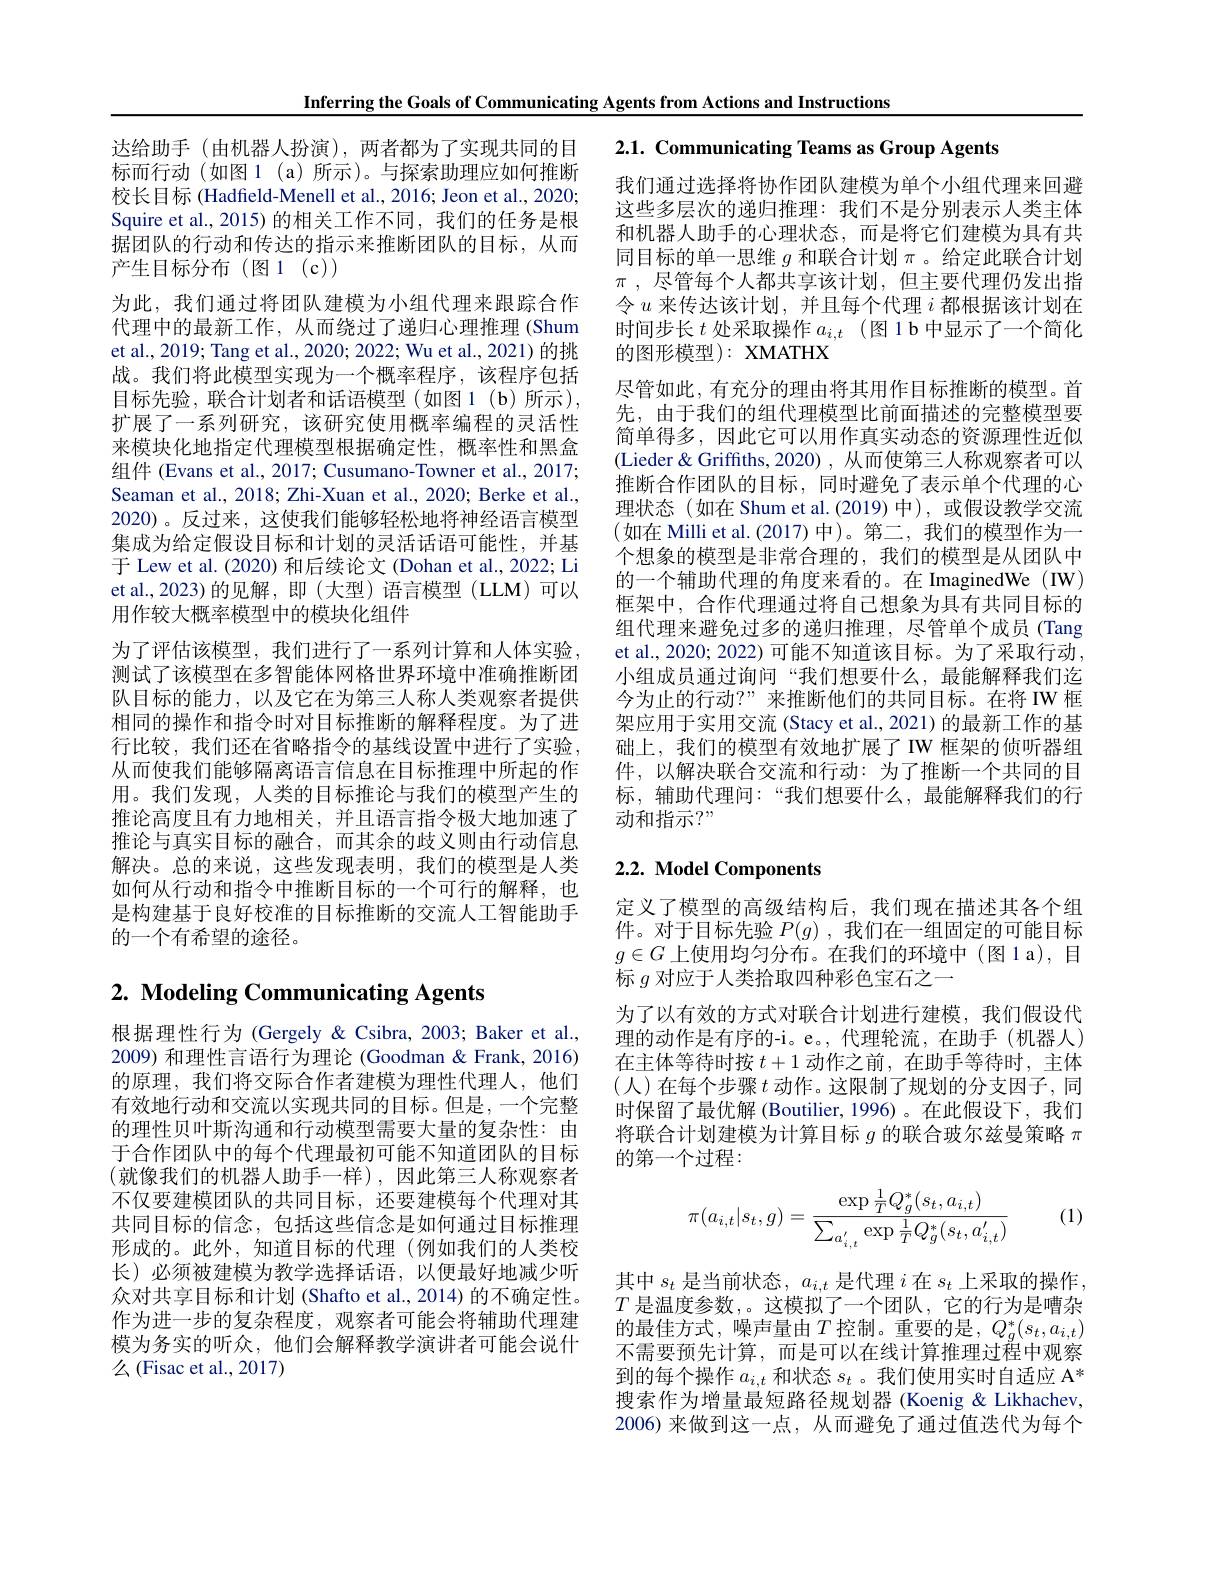
Inferring the Goals of Communicating Agents from Actions and Instructions

达给助手(由机器人扮演),两者都为了实现共同的目标而行动 (如图 1 (a)所示)。与探索助理应如何推断校长目标 (Hadfield-Menell et al., 2016; Jeon et al., 2020; Squire et al., 2015) 的相关工作不同，我们的任务是根据团队的行动和传达的指示来推断团队的目标，从而产生目标分布(图1(c))
为此，我们通过将团队建模为小组代理来跟踪合作代理中的最新工作，从而绕过了递归心理推理 (Shum et al., 2019; Tang et al., 2020; 2022; Wu et al., 2021) 的挑战。我们将此模型实现为一个概率程序，该程序包括目标先验，联合计划者和话语模型(如图1(b)所示), 扩展了一系列研究，该研究使用概率编程的灵活性来模块化地指定代理模型根据确定性，概率性和黑盒组件 (Evans et al., 2017; Cusumano-Towner et al., 2017; Seaman et al., 2018; Zhi-Xuan et al., 2020; Berke et al., 2020)。反过来，这使我们能够轻松地将神经语言模型集成为给定假设目标和计划的灵活话语可能性，并基于 Lew et al. (2020) 和后续论文 (Dohan et al., 2022; Li et al.,2023)的见解，即(大型)语言模型(LLM)可以用作较大概率模型中的模块化组件
为了评估该模型，我们进行了一系列计算和人体实验测试了该模型在多智能体网格世界环境中准确推断团队目标的能力，以及它在为第三人称人类观察者提供相同的操作和指令时对目标推断的解释程度。为了进行比较，我们还在省略指令的基线设置中进行了实验， 从而使我们能够隔离语言信息在目标推理中所起的作用。我们发现，人类的目标推论与我们的模型产生的推论高度且有力地相关，并且语言指令极大地加速了推论与真实目标的融合，而其余的歧义则由行动信息解决。总的来说，这些发现表明，我们的模型是人类如何从行动和指令中推断目标的一个可行的解释，也是构建基于良好校准的目标推断的交流人工智能助手的一个有希望的途径。

# 2. Modeling Communicating Agents

根据理性行为 (Gergely & Csibra, 2003; Baker et al., 2009) 和理性言语行为理论 (Goodman & Frank, 2016) 的原理，我们将交际合作者建模为理性代理人，他们有效地行动和交流以实现共同的目标。但是，一个完整的理性贝叶斯沟通和行动模型需要大量的复杂性：由于合作团队中的每个代理最初可能不知道团队的目标(就像我们的机器人助手一样),因此第三人称观察者不仅要建模团队的共同目标，还要建模每个代理对其共同目标的信念，包括这些信念是如何通过目标推理形成的。此外，知道目标的代理(例如我们的人类校长)必须被建模为教学选择话语，以便最好地减少听众对共享目标和计划 (Shafto et al., 2014) 的不确定性。作为进一步的复杂程度，观察者可能会将辅助代理建模为务实的听众，他们会解释教学演讲者可能会说什么(Fisac et al., 2017)

2.1. Communicating Teams as Group Agents

我们通过选择将协作团队建模为单个小组代理来回避这些多层次的递归推理：我们不是分别表示人类主体和机器人助手的心理状态，而是将它们建模为具有共同目标的单一思维$g$和联合计划$\pi$。给定此联合计划$\pi$ , 尽管每个人都共享该计划，但主要代理仍发出指令$u$来传达该计划，并且每个代理$i$都根据该计划在时间步长$t$处采取操作$a_i,t$ (图 1 b 中显示了一个简化的图形模型): XMATHX
尽管如此，有充分的理由将其用作目标推断的模型。首先，由于我们的组代理模型比前面描述的完整模型要简单得多，因此它可以用作真实动态的资源理性近似(Lieder& Griffiths, 2020) , 从而使第三人称观察者可以推断合作团队的目标，同时避免了表示单个代理的心理状态(如在 Shum et al.(2019)中),或假设教学交流(如在 Milli et al.(2017)中)。第二，我们的模型作为一个想象的模型是非常合理的，我们的模型是从团队中的一个辅助代理的角度来看的。在 ImaginedWe (IW) 框架中，合作代理通过将自己想象为具有共同目标的组代理来避免过多的递归推理，尽管单个成员(Tang et al., 2020; 2022) 可能不知道该目标。为了采取行动， 小组成员通过询问“我们想要什么，最能解释我们迄今为止的行动？”来推断他们的共同目标。在将 IW 框架应用于实用交流(Stacy et al., 2021) 的最新工作的基础上，我们的模型有效地扩展了IW 框架的侦听器组件，以解决联合交流和行动：为了推断一个共同的目标，辅助代理问：“我们想要什么，最能解释我们的行动和指示？"

# 2.2. Model Components

定义了模型的高级结构后，我们现在描述其各个组件。对于目标先验$P(g)$,我们在一组固定的可能目标$g\in G$上使用均匀分布。在我们的环境中(图1a),目标$g$对应于人类拾取四种彩色宝石之一
为了以有效的方式对联合计划进行建模，我们假设代理的动作是有序的-i。e。,代理轮流，在助手(机器人) 在主体等待时按$t+1$动作之前，在助手等待时，主体(人)在每个步骤$t$ 动作。这限制了规划的分支因子，同时保留了最优解 (Boutilier,1996)。在此假设下，我们将联合计划建模为计算目标$g$的联合玻尔兹曼策略$\pi$ 的第一个过程：

(1)
$$\pi(a_{i,t}|s_t,g)=\frac{\exp\frac{1}{T}Q_g^*(s_t,a_{i,t})}{\sum_{a_{i,t}^{'}}\exp\frac{1}{T}Q_g^*(s_t,a_{i,t}^{'})}$$
其中$s_t$是当前状态，$a_i,t$是代理$i$在$s_t$上采取的操作$T$是温度参数，。这模拟了一个团队，它的行为是嘈杂的最佳方式，噪声量由$T$ 控制。重要的是，$Q_g^*(s_t,a_{i,t})$ 不需要预先计算，而是可以在线计算推理过程中观察到的每个操作$a_i,t$和状态$s_t$ 。我们使用实时自适应 A* 搜索作为增量最短路径规划器 (Koenig & Likhachev, 2006)来做到这一点，从而避免了通过值迭代为每个